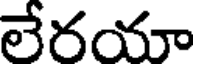
లేరయా